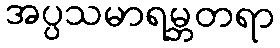
အပ္ပသမာရမ္ဘတရာ